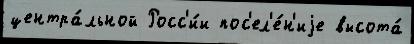
центра́льной Росс'и́и пос'ел'е́н'иjе высота́